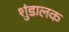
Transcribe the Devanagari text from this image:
शुंडालक